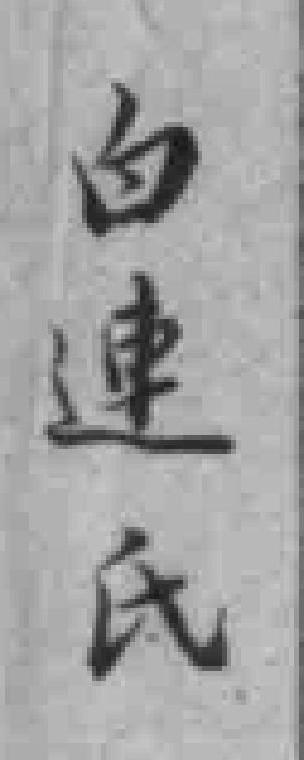
白連氏